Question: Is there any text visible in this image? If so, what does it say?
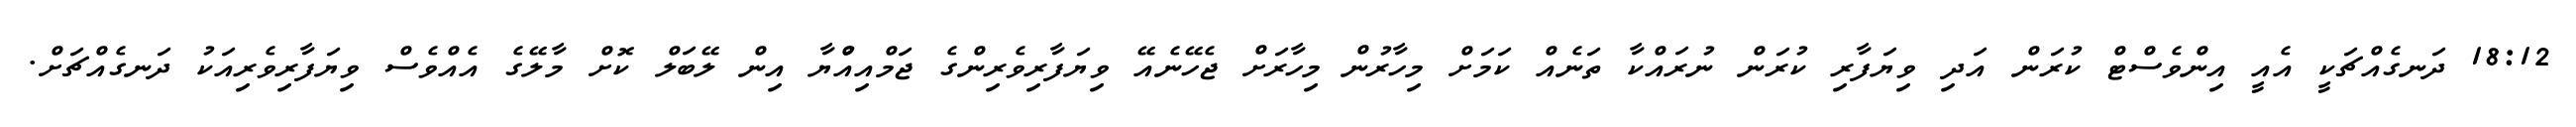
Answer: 18:12 ދަނގެއްޗަކީ އެއީ އިންވެސްޓް ކުރަން އަދި ވިޔަފާރި ކުރަން ނުރައްކާ ތަނެއް ކަމަށް މިހާރުން މިހާރަށް ޖެހޭނެއޭ ވިޔަފާރިވެރިންގެ ޖަމްއިއްުޔާ އިން ލޭބަލް ކޮށް މާލޭގެ އެއްވެސް ވިޔަފާރިވެރިއަކު ދަނގެއްޗަށް.